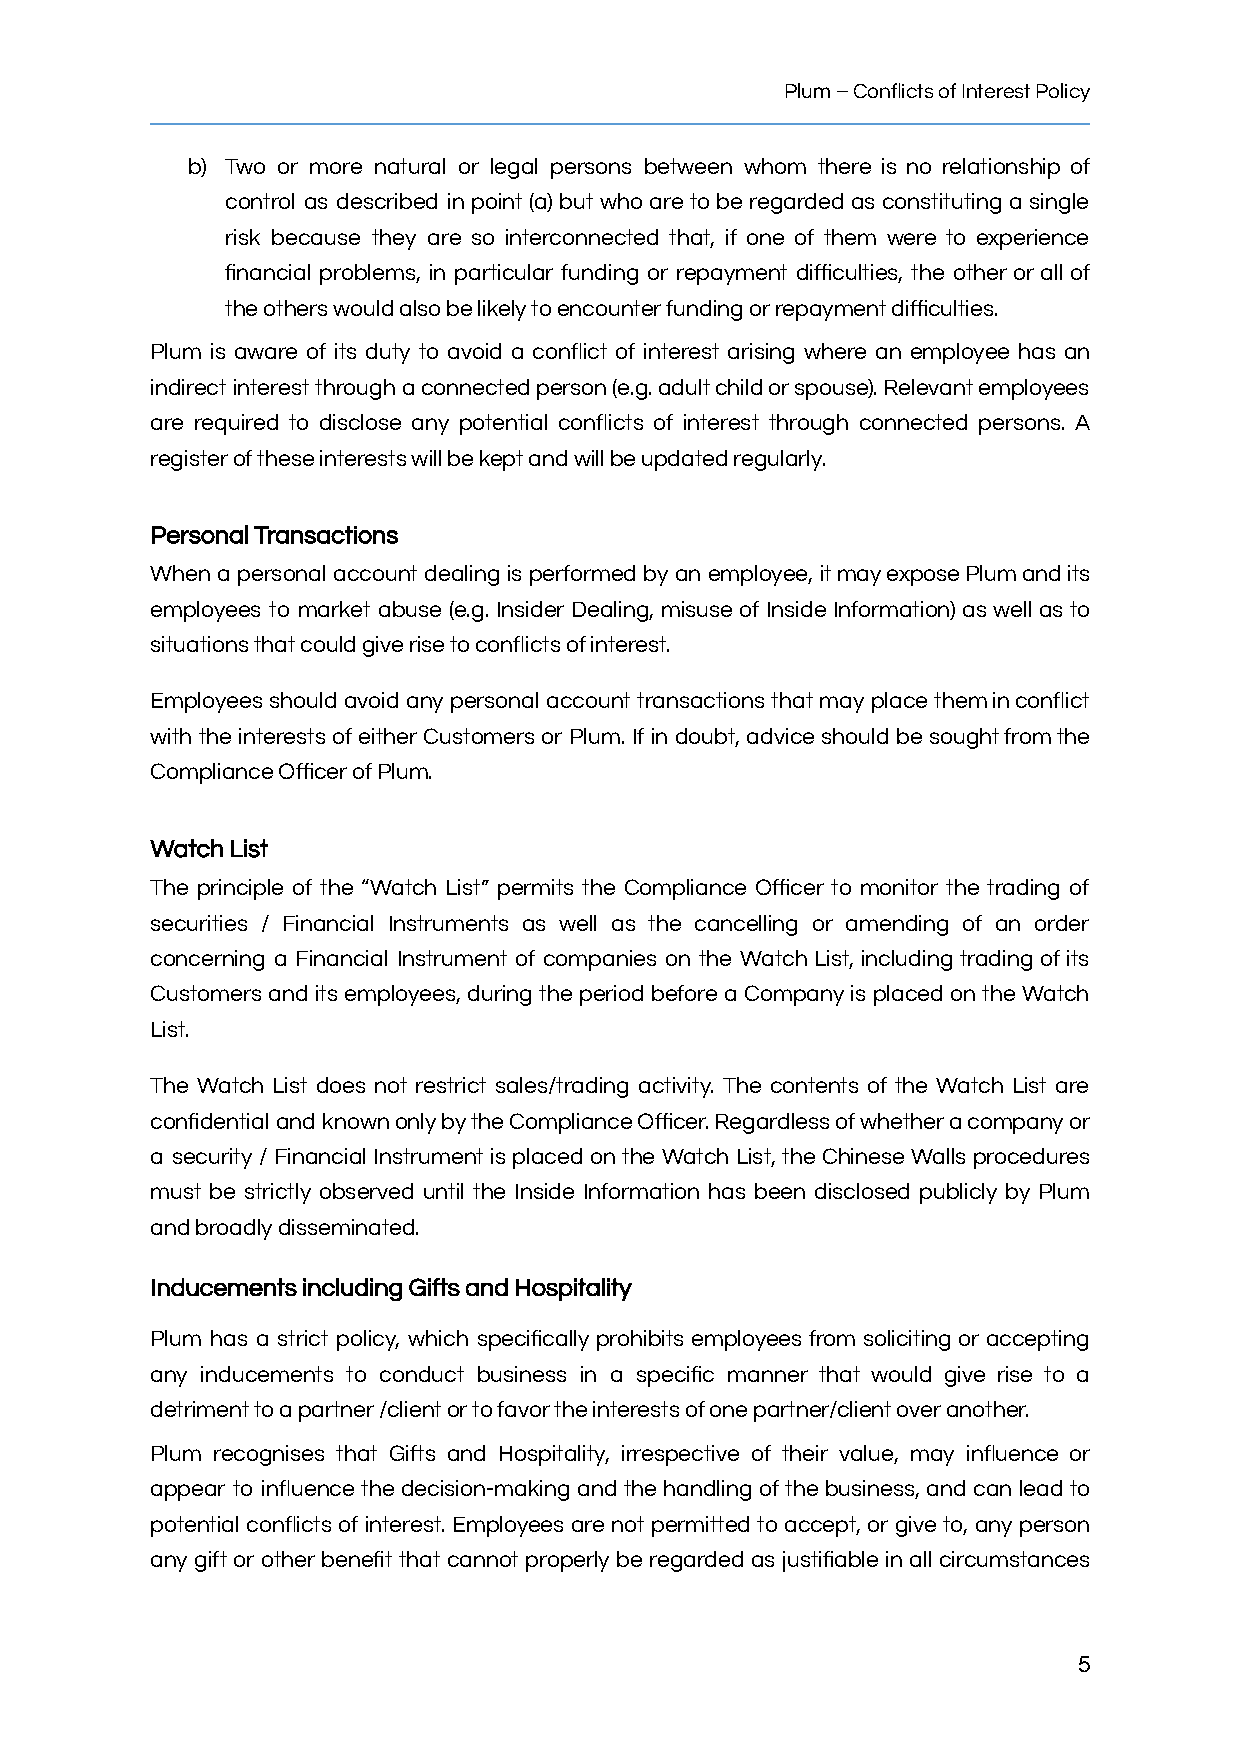
Plum–ConflictsofInterestPolicy
 b) Two or more natural or legal persons between whom there is no relationship of
 control as described in point (a) but who are to be regarded as constituting a single
 risk because they are so interconnected that, if one of them were to experience
 financial problems, in particular funding or repayment difficulties, the other or all of
 theotherswouldalsobelikelytoencounterfundingorrepaymentdifficulties.
 Plum is aware of its duty to avoid a conflict of interest arising where an employee has an
 indirect interest through aconnectedperson(e.g.adultchildorspouse).Relevantemployees
 are required to disclose any potential conflicts of interest through connected persons. A
 registeroftheseinterestswillbekeptandwillbeupdatedregularly.
 PersonalTransactions
 When a personal account dealing is performed by an employee, itmayexposePlumandits
 employees to market abuse (e.g. Insider Dealing, misuse of Inside Information) as well as to
 situationsthatcouldgiverisetoconflictsofinterest.
 Employees should avoid any personal account transactions that may place theminconflict
 with the interests of either Customers or Plum. If in doubt, advice should be soughtfromthe
 ComplianceOfficerofPlum.
 WatchList
 The principle of the “Watch List” permits the Compliance Officer to monitor the trading of
 securities / Financial Instruments as well as the cancelling or amending of an order
 concerning a Financial Instrument of companies on the Watch List, including trading of its
 Customers and its employees, during the period before a Company is placed on the Watch
 List.
 The Watch List does not restrict sales/trading activity. The contents of the Watch List are
 confidential and knownonlybytheComplianceOfficer.Regardlessofwhetheracompanyor
 a security / Financial Instrument is placed on the Watch List, the Chinese Walls procedures
 must be strictly observed until the Inside Information has been disclosed publicly by Plum
 andbroadlydisseminated.
 InducementsincludingGiftsandHospitality
 Plum has a strict policy, which specifically prohibits employees from soliciting or accepting
 any inducements to conduct business in a specific manner that would give rise to a
 detrimenttoapartner/clientortofavortheinterestsofonepartner/clientoveranother.
 Plum recognises that Gifts and Hospitality, irrespective of their value, may influence or
 appear to influence the decision-making and the handling of the business, and can lead to
 potential conflicts of interest. Employees are not permitted to accept, or give to, any person
 any gift or other benefit that cannot properly be regarded as justifiable in all circumstances
 5